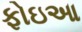
ફોઇઆ